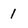
Character: 1